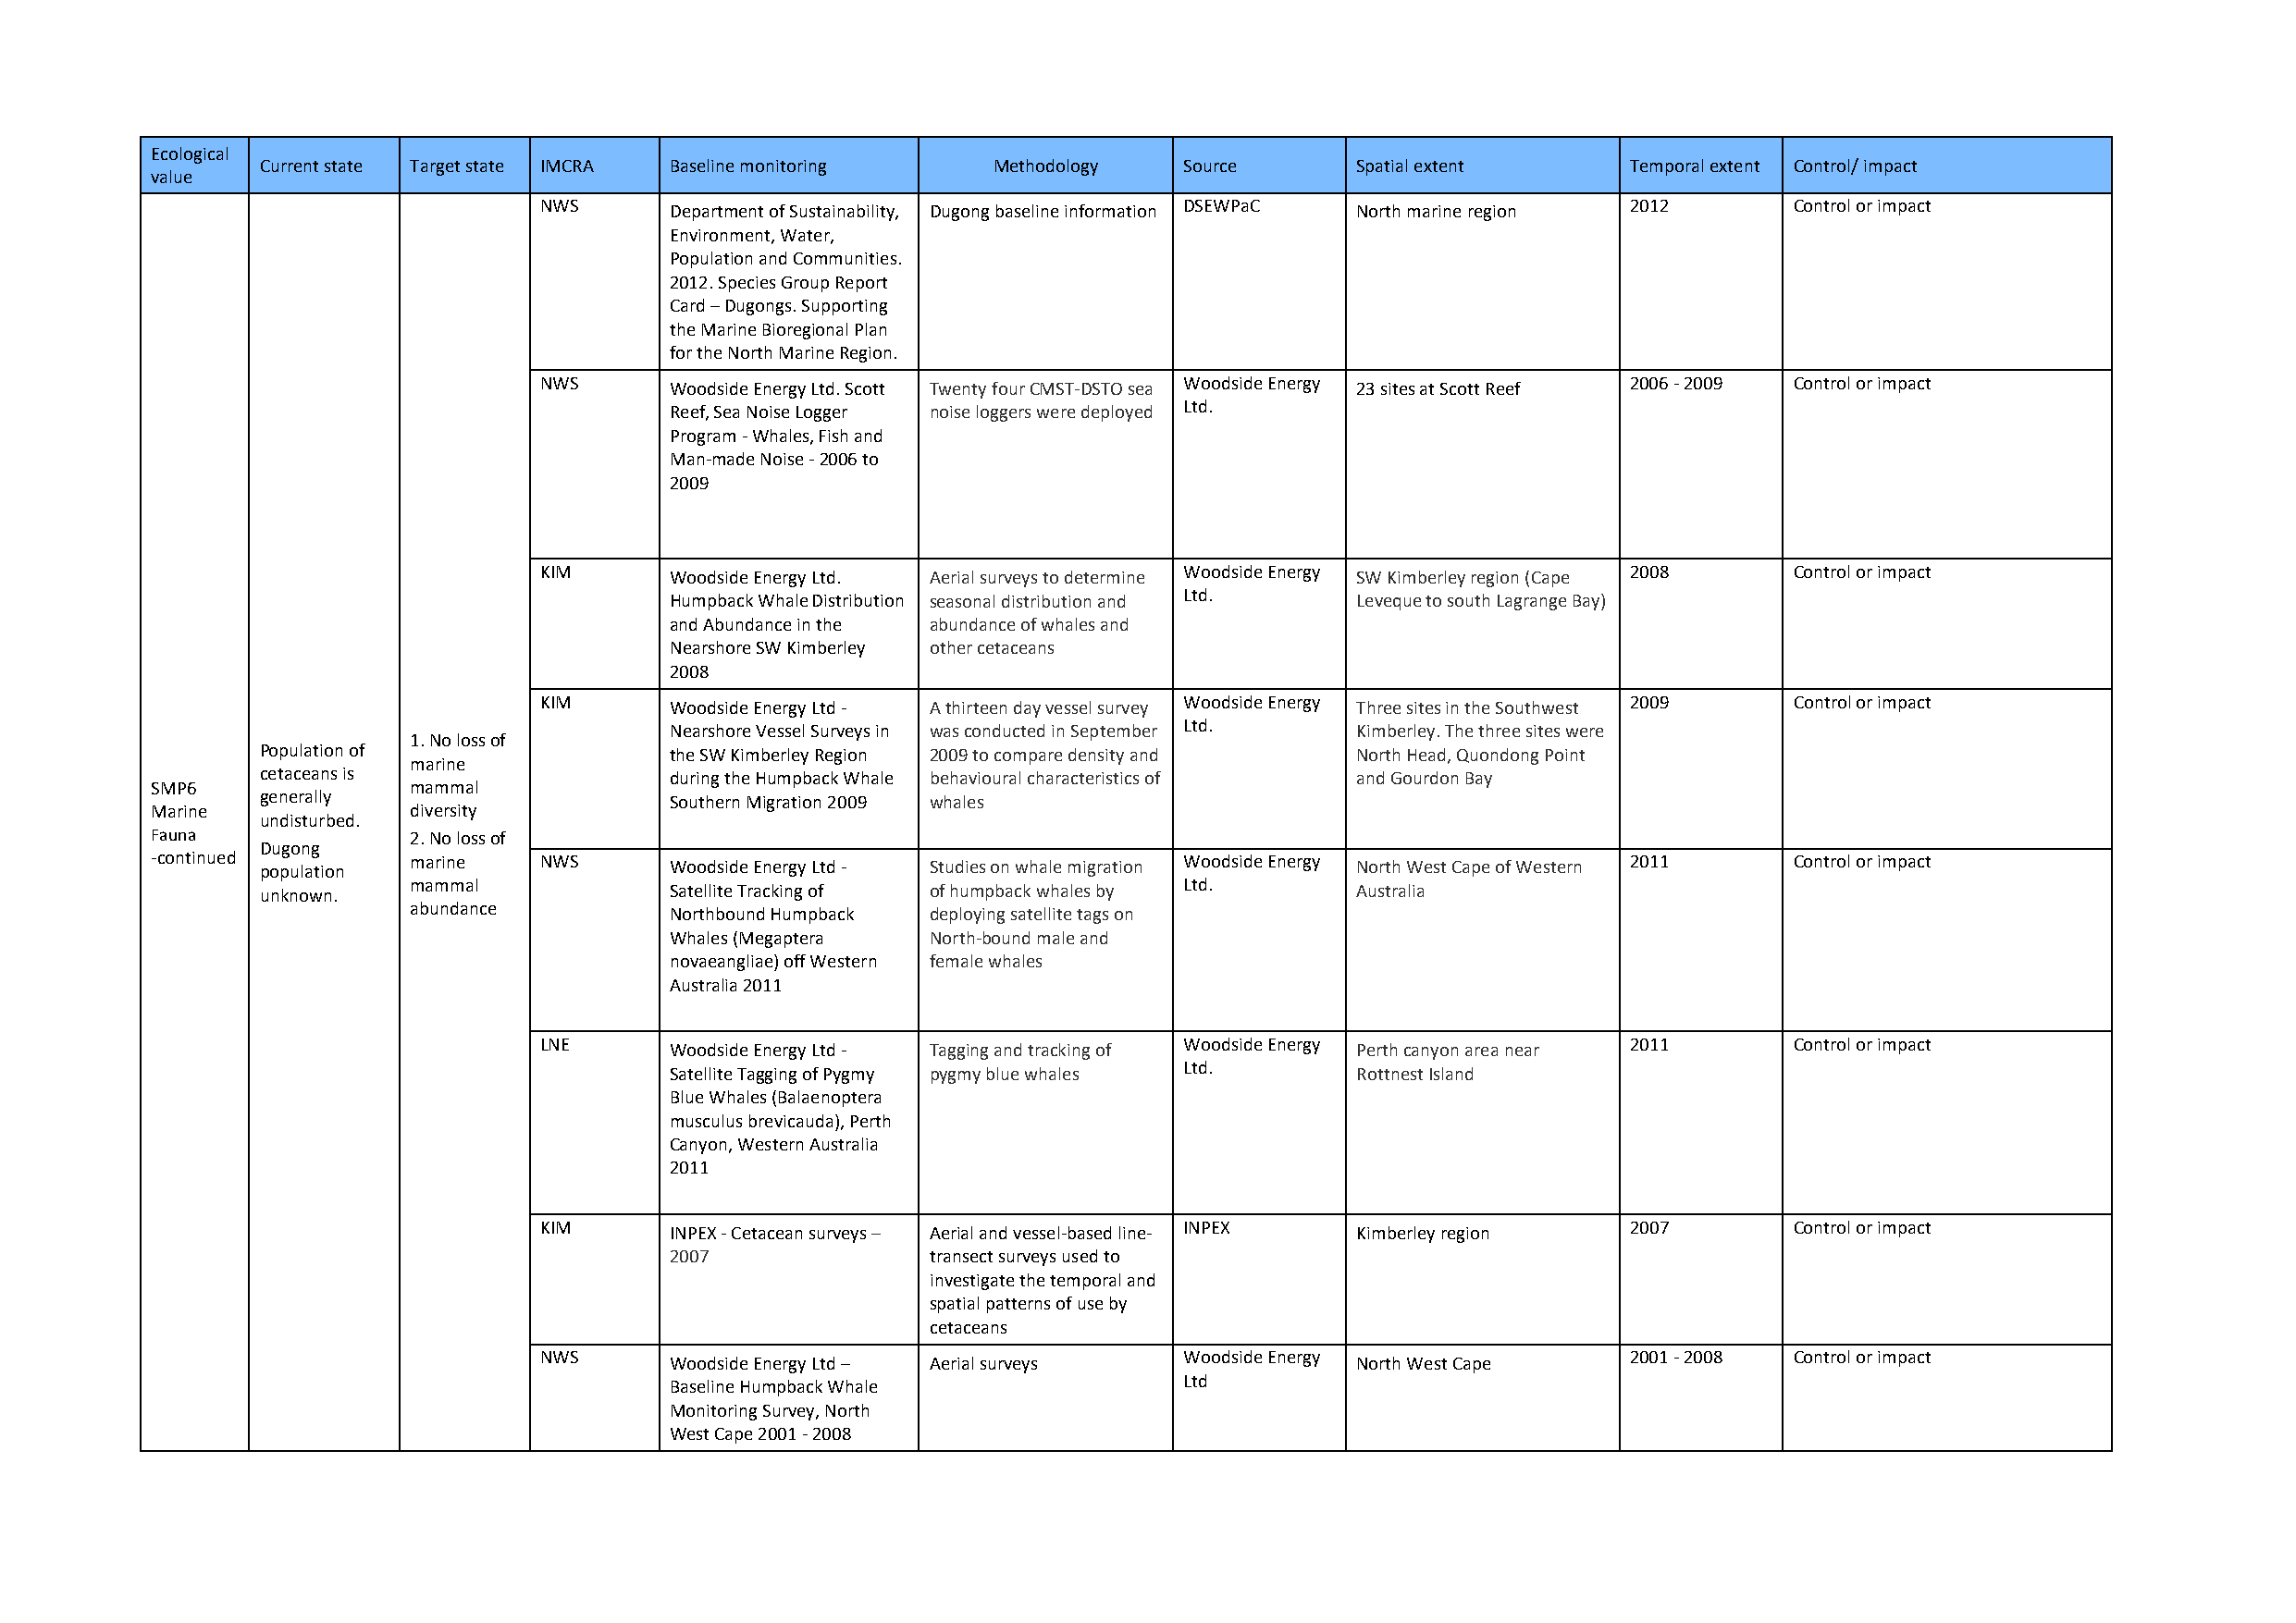
Ecological
 Current state Target state IMCRA Baseline monitoring Methodology  Source      Spatial extent      Temporal extent Control/ impact
 value
 NWS      Department of Sustainability, Dugong baseline information DSEWPaC North marine region 2012 Control or impact
 Environment, Water,
 Population and Communities.
 2012. Species Group Report
 Card – Dugongs. Supporting
 the Marine Bioregional Plan
 for the North Marine Region.
 NWS      Woodside Energy Ltd. Scott Twenty four CMST-DSTO sea Woodside Energy 23 sites at Scott Reef 2006 - 2009 Control or impact
 Ltd.
 Reef, Sea Noise Logger noise loggers were deployed
 Program - Whales, Fish and
 Man-made Noise - 2006 to
 2009
 KIM      Woodside Energy Ltd. Aerial surveys to determine Woodside Energy SW Kimberley region (Cape 2008 Control or impact
 Ltd.
 Humpback Whale Distribution seasonal distribution and Leveque to south Lagrange Bay)
 and Abundance in the abundance of whales and
 Nearshore SW Kimberley other cetaceans
 2008
 KIM      Woodside Energy Ltd - A thirteen day vessel survey Woodside Energy Three sites in the Southwest 2009 Control or impact
 Nearshore Vessel Surveys in was conducted in September
 Ltd.
 Kimberley. The three sites were
 1. No loss of
 Population of                the SW Kimberley Region 2009 to compare density and North Head, Quondong Point
 marine
 cetaceans is                 during the Humpback Whale behavioural characteristics of and Gourdon Bay
 SMP6              mammal
 generally                    Southern Migration 2009 whales
 Marine            diversity
 undisturbed.
 Fauna             2. No loss of
 Dugong
 -continued population marine NWS     Woodside Energy Ltd - Studies on whale migration Woodside Energy North West Cape of Western 2011 Control or impact
 unknown.  mammal             Satellite Tracking of of humpback whales by Ltd. Australia
 abundance          Northbound Humpback deploying satellite tags on
 Whales (Megaptera  North-bound male and
 novaeangliae) off Western female whales
 Australia 2011
 LNE      Woodside Energy Ltd - Tagging and tracking of Woodside Energy Perth canyon area near 2011 Control or impact
 Ltd.
 Satellite Tagging of Pygmy pygmy blue whales     Rottnest Island
 Blue Whales (Balaenoptera
 musculus brevicauda), Perth
 Canyon, Western Australia
 2011
 KIM      INPEX - Cetacean surveys – Aerial and vessel-based line- INPEX Kimberley region 2007 Control or impact
 2007               transect surveys used to
 investigate the temporal and
 spatial patterns of use by
 cetaceans
 NWS      Woodside Energy Ltd – Aerial surveys Woodside Energy North West Cape 2001 - 2008 Control or impact
 Ltd
 Baseline Humpback Whale
 Monitoring Survey, North
 West Cape 2001 - 2008